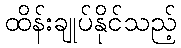
ထိန်းချုပ်နိုင်သည့်